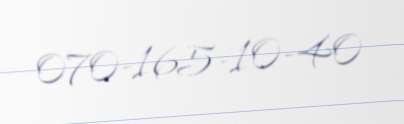
070-165-10-40